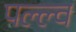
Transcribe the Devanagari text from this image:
पल्ल्व